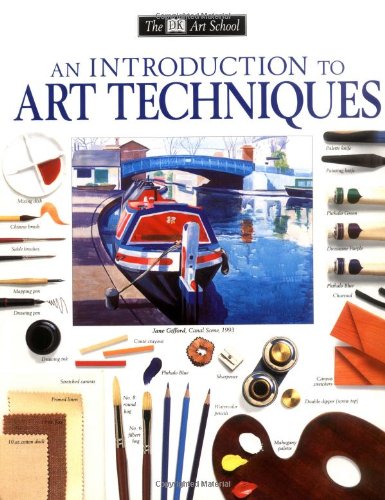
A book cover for DK Art School: An Introduction to Art Techniques (DK Art School); DK Publishing; Arts & Photography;